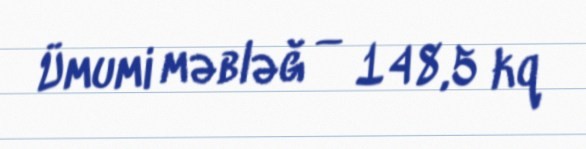
Ümumi məbləğ — 148,5 kq